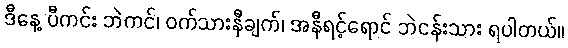
ဒီနေ့ ပီကင်း ဘဲကင်၊ ဝက်သားနီချက်၊ အနီရင့်ရောင် ဘဲငန်းသား ရပါတယ်။